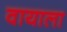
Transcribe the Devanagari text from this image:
वायाला